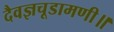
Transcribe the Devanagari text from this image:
दैवज्ञचूडामणी॥